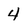
Character: 4